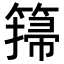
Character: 𥲳